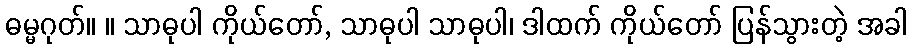
ဓမ္မဂုတ်။ ။ သာဓုပါ ကိုယ်တော်, သာဓုပါ သာဓုပါ၊ ဒါထက် ကိုယ်တော် ပြန်သွားတဲ့ အခါ